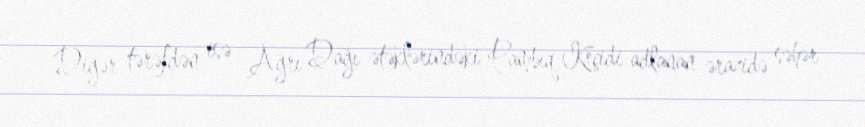
Digər tərəfdən isə Ağrı Dağı ətəklərindəki Pambıq Keçidi adlanan ərazidə səhər